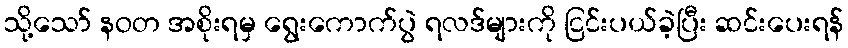
သို့သော် နဝတ အစိုးရမှ ရွေးကောက်ပွဲ ရလဒ်များကို ငြင်းပယ်ခဲ့ပြီး ဆင်းပေးရန်